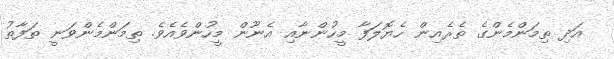
އަދި ތިމަންމެންގެ ތެރެއިން ހެޔޮލަފާ މީހުންނާއި އެނޫން މީހުންވެއެވެ. ތިމަންމެންވަނީ ތަފާތު